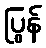
ပြွန်